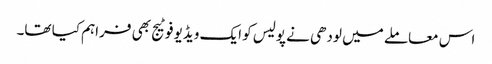
اس معاملے میں لودھی نے پولیس کو ایک ویڈیو فوٹیج بھی فراہم کیا تھا۔